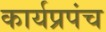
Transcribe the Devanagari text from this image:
कार्यप्रपंच